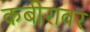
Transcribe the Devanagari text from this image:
कबीरावर